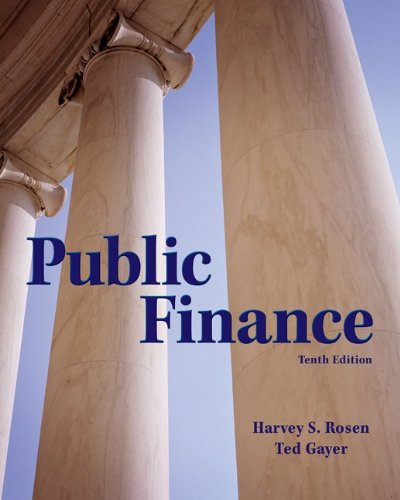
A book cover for Public Finance (The Mcgraw-Hill Series in Economics); Harvey Rosen; Business & Money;